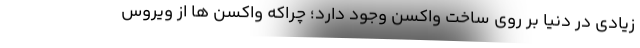
زیادی در دنیا بر روی ساخت واکسن وجود دارد؛ چراکه واکسن ها از ویروس